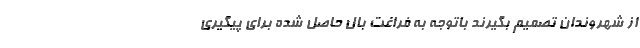
از شهروندان تصمیم بگیرند باتوجه به فراغت بال حاصل شده برای پیگیری